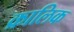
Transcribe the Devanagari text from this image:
क्रालिक